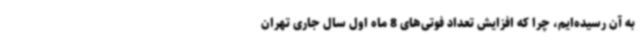
به آن رسیده‌ایم، چرا که افزایش تعداد فوتی‌های 8 ماه اول سال جاری تهران